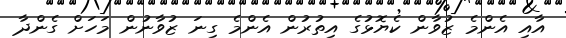
އާއި އެންމެ ޒުވާން ކެޔޮޅުގެ އިތުރުން އެންމެ ގިނަ ޒުވާނުން މަހަށް ގެންދާ